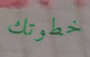
خطوتك